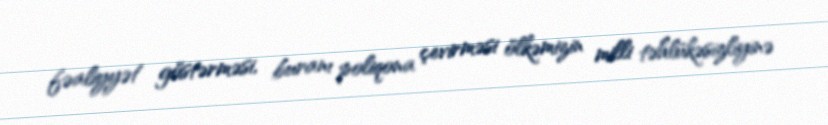
fəaliyyət göstərməsi, buranı poliqona çevirməsi ölkəmizin milli təhlükəsizliyinə